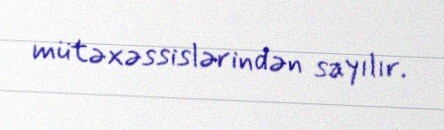
mütəxəssislərindən sayılır.